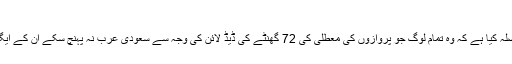
(فوٹو: سوشل میڈیا)
سعودی سفیر کے مطابق سعودی شعبہ پاسپورٹ نے فیصلہ کیا ہے کہ وہ تمام لوگ جو پروازوں کی معطلی کی 72 گھنٹے کی ڈیڈ لائن کی وجہ سے سعودی عرب نہ پہنچ سکے ان کے ایگزٹ اور ریٹرن ویزا کی معیاد خود بخود بڑھا دی جائے۔